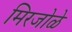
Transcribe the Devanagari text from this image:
मिरजोळे